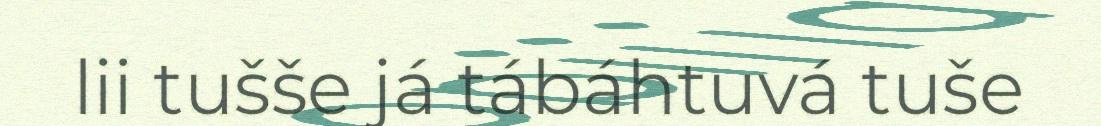
lii tušše já tábáhtuvá tuše